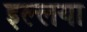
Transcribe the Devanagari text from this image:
इल्लया